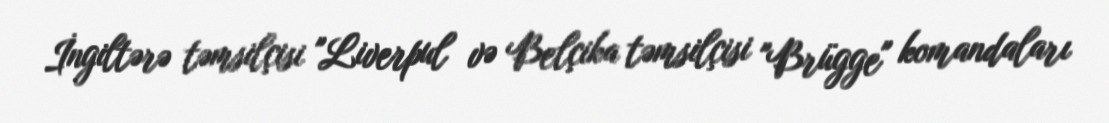
İngiltərə təmsilçisi "Liverpul və Belçika təmsilçisi "Brügge" komandaları